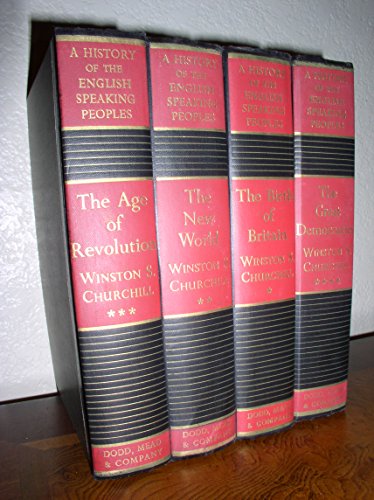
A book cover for A History of the English Speaking Peoples (4 Volume Set); Winston S. Churchill; Literature & Fiction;